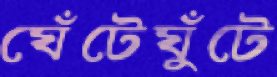
ঘেঁটেঘুঁটে